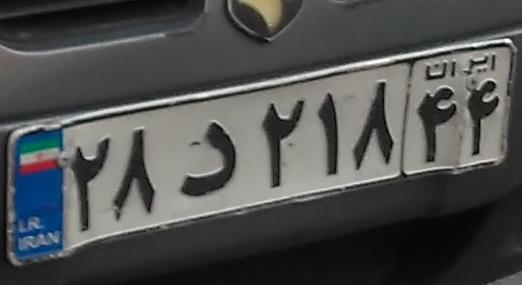
۲۸د۲۱۸۴۴